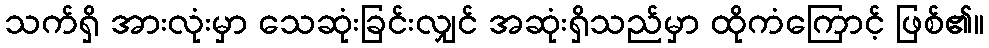
သက်ရှိ အားလုံးမှာ သေဆုံးခြင်းလျှင် အဆုံးရှိသည်မှာ ထိုကံကြောင့် ဖြစ်၏။